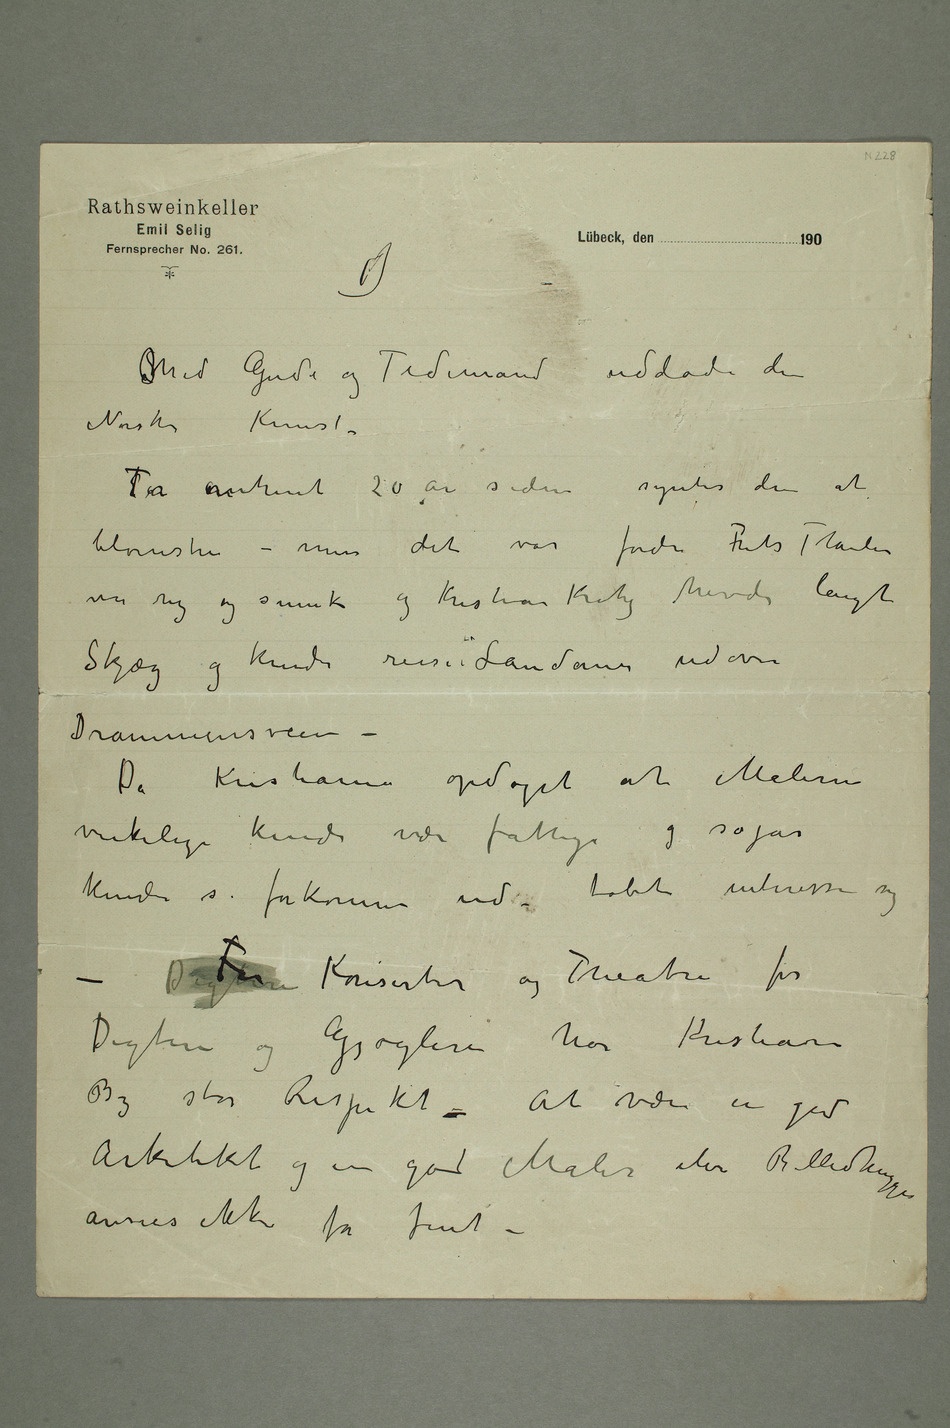
Med Gude og Tidemand uddøde den
Norske Kunst
EFor omtrent 20 år siden syntes den at
var rig og smuk og Kristian Krohg havde langt
Skjæg og kunde reise i Landauer udover
Drammensveien –
Da Kristiania opdaget at Malerne
virkelig kunde være fattige og sogar
kunde se forkomne ud  tabte interessen sig
– DigtereFor Konserter og Theatre  for
Digtere og Gjøglere har Kristiania
By stor Respekt – At være en god
Arkitekt og en god Maler eller Billedhugger
ansees ikke for fint –